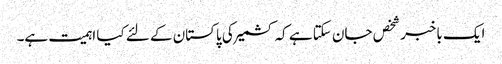
ایک باخبر شخص جان سکتا ہے کہ کشمیر کی پاکستان کے لئے کیا اہمیت ہے۔